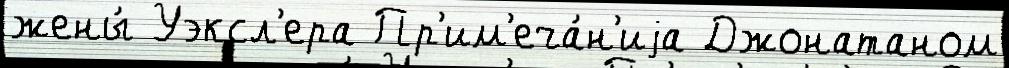
жены́ Уэксл'ера Пр'им'еча́н'иjа Джонатаном